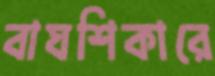
বাঘশিকারে